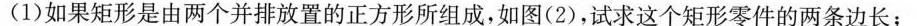
(1)如果矩形是由两个并排放置的正方形所组成，如图(2)，试求这个矩形零件的两条边长；